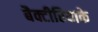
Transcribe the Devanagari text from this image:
बैक्टीरियाके